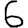
Digit: 6